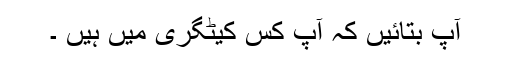
آپ بتائیں کہ آپ کس کیٹگری میں ہیں ۔